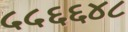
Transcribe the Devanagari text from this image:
५५६६४८